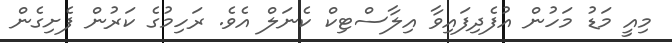
މިއީ މަޑު މަހުން އުފެދިފައިވާ އިލާސްޓިކް ކެނަލް އެވެ. ރަހިމުގެ ކަރުން ފެށިގެން